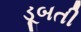
ડૂબતી